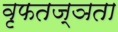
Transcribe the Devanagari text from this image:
वृफतज्ञता